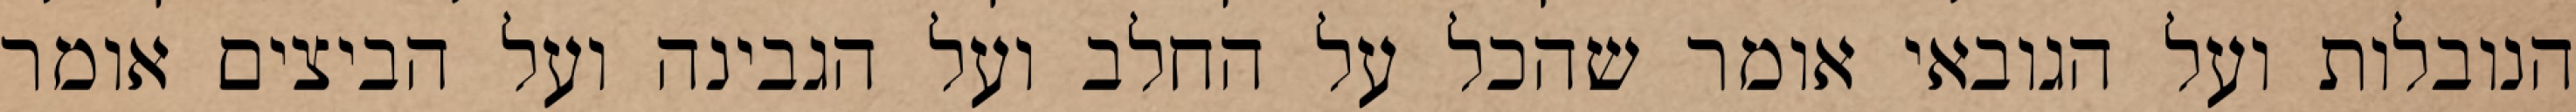
הנובלות ועל הגובאי אומר שהכל על החלב ועל הגבינה ועל הביצים אומר